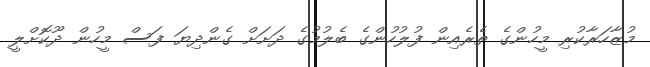
މުޒާހަރާކުރި މީހުންގެ ތެރެއިން ފުލުހުންގެ ބެލުމުގެ ދަށަށް ގެންދިޔަ ފަސް މީހުން ދޫކޮށްލީ